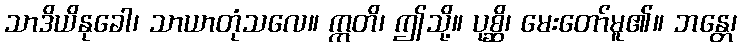
သာဒိယိနုခေါ၊ သာယာတုံသလေ။ ဣတိ၊ ဤသို့။ ပုစ္ဆိ၊ မေးတော်မူ၏။ ဘန္တေ၊